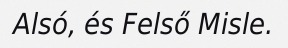
Alsó, és Felső Misle.